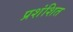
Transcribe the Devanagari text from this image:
प्रशंशित